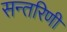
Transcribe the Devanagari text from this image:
सन्तरिणी